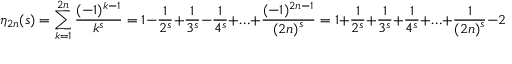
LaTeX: \eta _ { 2 n } ( s ) = \sum _ { k = 1 } ^ { 2 n } { \frac { ( - 1 ) ^ { k - 1 } } { k ^ { s } } } = 1 - { \frac { 1 } { 2 ^ { s } } } + { \frac { 1 } { 3 ^ { s } } } - { \frac { 1 } { 4 ^ { s } } } + \ldots + { \frac { ( - 1 ) ^ { 2 n - 1 } } { { ( 2 n ) } ^ { s } } } = 1 + { \frac { 1 } { 2 ^ { s } } } + { \frac { 1 } { 3 ^ { s } } } + { \frac { 1 } { 4 ^ { s } } } + \ldots + { \frac { 1 } { { ( 2 n ) } ^ { s } } } - 2 \left( { \frac { 1 } { 2 ^ { s } } } + { \frac { 1 } { 4 ^ { s } } } + \ldots + { \frac { 1 } { { ( 2 n ) } ^ { s } } } \right)